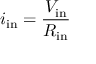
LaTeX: i _ { \mathrm { i n } } = { \frac { V _ { \mathrm { i n } } } { R _ { \mathrm { i n } } } }